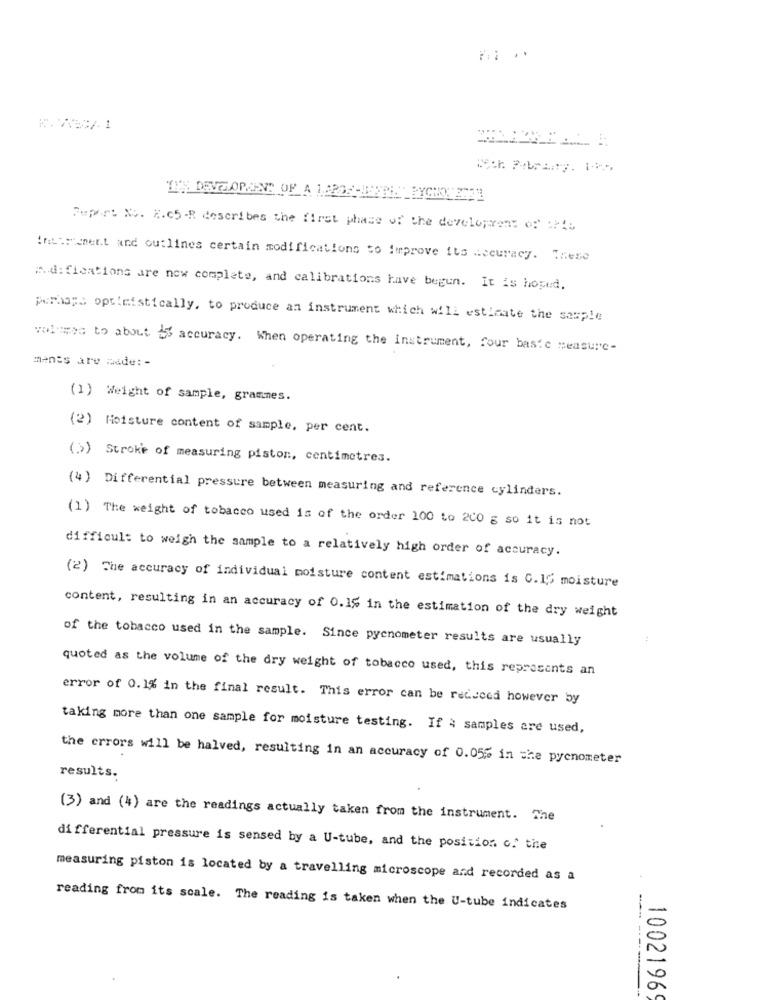
Depart No. R.c5-R describes the first phase of the development of arts
Interment and outlines certain modifications to improve its accuracy. These
A.d: fications are now complete, and calibrations have begun. It is hoped.
perhaps optimistically, to produce an instrument which will estimate the sample
volumes to about " accuracy. When operating the instrument, four basic measure-
ments are made: -
(1) Weight of sample, grammes.
(2) Moisture content of sample, per cent.
(>) Stroke of measuring piston, centimetres.
(4) Differential pressure between measuring and reference cylinders.
(1) The weight of tobacco used is of the order 100 to 200 g so it is not
difficult to weigh the sample to a relatively high order of accuracy.
(2) The accuracy of individual moisture content estimations is C.15 moisture
content, resulting in an accuracy of 0.1% in the estimation of the dry weight
of the tobacco used in the sample. Since pycnometer results are usually
quoted as the volume of the dry weight of tobacco used, this represents an
error of 0.1% in the final result. This error can be reduced however by
taking more than one sample for moisture testing. If ; samples are used,
the errors will be halved, resulting in an accuracy of 0.05% in the pycnometer
results.
(3) and (4) are the readings actually taken from the instrument. The
differential pressure is sensed by a U-tube, and the position of the
measuring piston is located by a travelling microscope and recorded as a
reading from its scale. The reading is taken when the U-tube indicates
--- ----
1002196